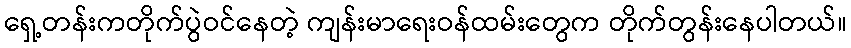
ရှေ့တန်းကတိုက်ပွဲဝင်နေတဲ့ ကျန်းမာရေးဝန်ထမ်းတွေက တိုက်တွန်းနေပါတယ်။